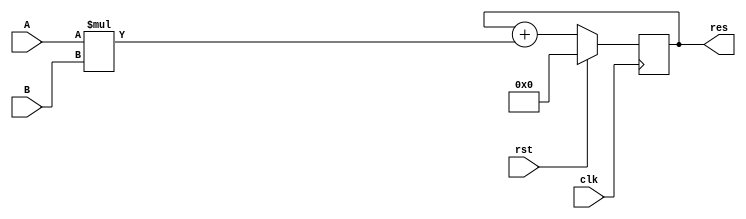
module DFF(input [3:0] A, input [3:0] B, input clk, input rst, output reg [3:0] res);
	always@(posedge clk)
		if(rst) res <= 0;
		else res <= res + A * B;
endmodule